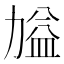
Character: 𭄷